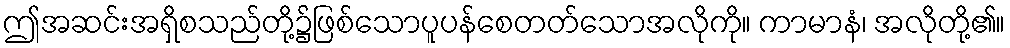
ဤအဆင်းအရှိစသည်တို့၌ဖြစ်သောပူပန်စေတတ်သောအလိုကို။ ကာမာနံ၊ အလိုတို့၏။